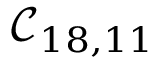
\mathcal { C } _ { 1 8 , 1 1 }